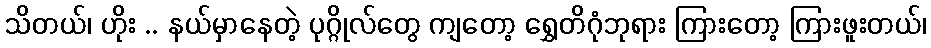
သိတယ်၊ ဟိုး .. နယ်မှာနေတဲ့ ပုဂ္ဂိုလ်တွေ ကျတော့ ရွှေတိဂုံဘုရား ကြားတော့ ကြားဖူးတယ်၊